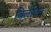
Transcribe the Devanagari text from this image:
बिलोचन